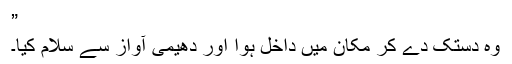
”
وہ دستک دے کر مکان میں داخل ہوا اور دھیمی آواز سے سلام کیا۔